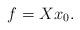
LaTeX: \begin{align*} f=X x_0. \end{align*}